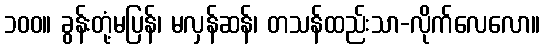
၁၀၀။ ခွန်းတုံ့မပြန်၊ မလှန်ဆန်၊ တသန်ထည်းသာ-လိုက်လေလော။